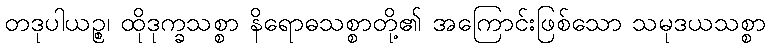
တဒုပါယဉ္စ၊ ထိုဒုက္ခသစ္စာ နိရောဓသစ္စာတို့၏ အကြောင်းဖြစ်သော သမုဒယသစ္စာ